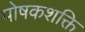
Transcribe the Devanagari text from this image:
पोषकशक्ति